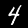
Label: 4